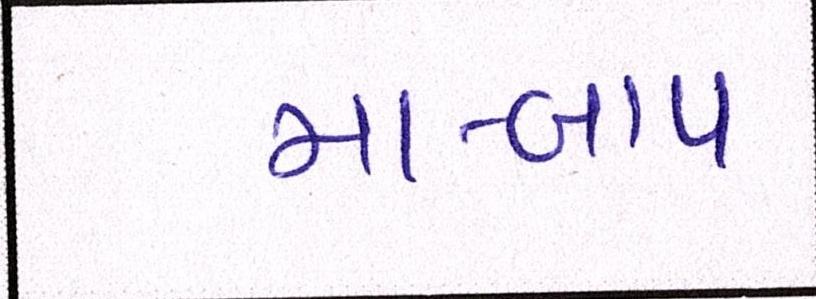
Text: મા-બાપ